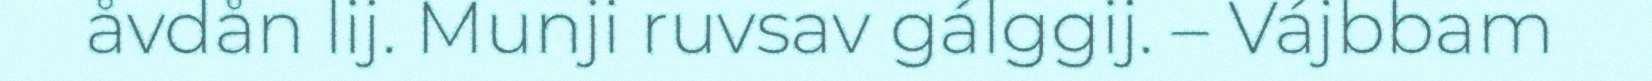
åvdån lij. Munji ruvsav gálggij. – Vájbbam